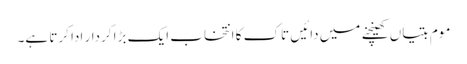
موم بتیاں کھینچنے میں دائیں تاک کا انتخاب ایک بڑا کردار ادا کرتا ہے۔